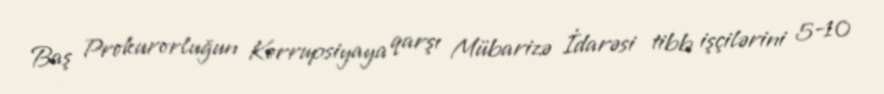
Baş Prokurorluğun Korrupsiyaya qarşı Mübarizə İdarəsi tibb işçilərini 5-10